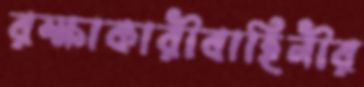
রক্ষাকারীবাহিনীর